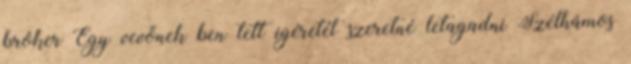
bróker Egy vevőnek ben tett ígéretét szeretné letagadni Szélhámos